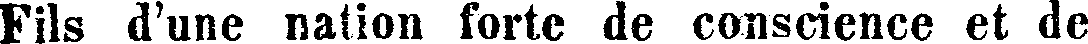
Fils d'une nation forte de conscience et de